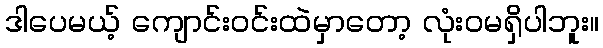
ဒါပေမယ့် ကျောင်းဝင်းထဲမှာတော့ လုံးဝမရှိပါဘူး။